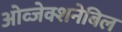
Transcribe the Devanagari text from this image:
ओव्जेक्शनेबिल